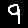
Digit: 9